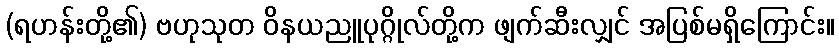
(ရဟန်းတို့၏) ဗဟုသုတ ဝိနယညူပုဂ္ဂိုလ်တို့က ဖျက်ဆီးလျှင် အပြစ်မရှိကြောင်း။